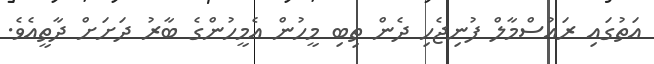
އަތުގައި ރައުސްމާލް ފުނިޖެހި ދެން ތިބި މީހުން އެމީހުންގެ ބާރު ދަށަށް ދާތީއެވެ.